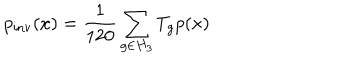
LaTeX: p _ { \mathrm { i n v } } ( x ) = \frac { 1 } { 1 2 0 } \sum _ { g \in H _ { 3 } } T _ { g } p ( x )